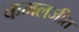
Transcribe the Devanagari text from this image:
कमलजीत